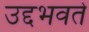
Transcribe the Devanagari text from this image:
उद्दभवते